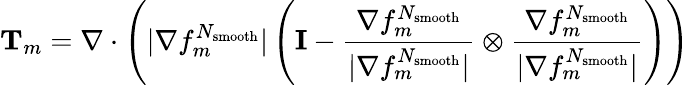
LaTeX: \mathbf{T}_{m}=\mathbf{\nabla}\cdot\left(|\nabla f_{m}^{N_{\mathrm{smooth}}}|\left(\mathbf{I}-\frac{\nabla f_{m}^{N_{\mathrm{smooth}}}}{|\nabla f_{m}^{N_{\mathrm{smooth}}}|}\otimes\frac{\nabla f_{m}^{N_{\mathrm{smooth}}}}{|\nabla f_{m}^{N_{\mathrm{smooth}}}|}\right)\right)